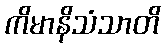
ကိမာနိသံသာတိ